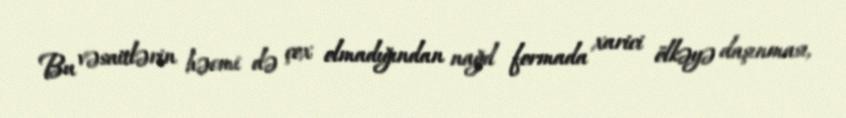
Bu vəsaitlərin həcmi də çox olmadığından nağd formada xarici ölkəyə daşınması,